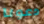
دعونا